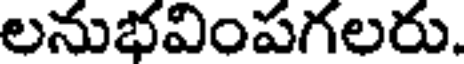
లనుభవింపగలరు.